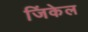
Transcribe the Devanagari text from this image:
जिंकेल